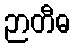
ဉာတီဓ